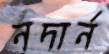
নদার্ন